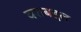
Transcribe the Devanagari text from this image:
वराबद्दल